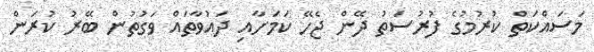
މަސައްކަތް ކުރުމުގެ ފުރުސަތު ދޭން ޖެހޭ ކަމަށާއި ދައުވާތައް ވަގުތުން ބޭރު ކުރަން